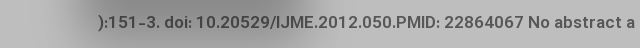
):151-3. doi: 10.20529/IJME.2012.050.PMID: 22864067 No abstract a